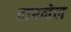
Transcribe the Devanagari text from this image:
डारनेल